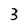
Character: 3